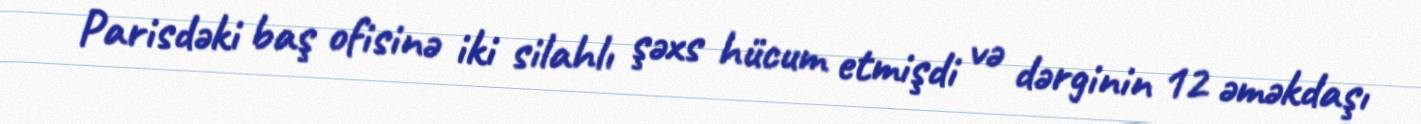
Parisdəki baş ofisinə iki silahlı şəxs hücum etmişdi və dərginin 12 əməkdaşı